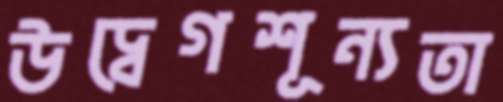
উদ্বেগশূন্যতা